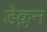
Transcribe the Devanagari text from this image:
डेक्लन